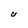
Character: U